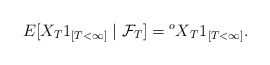
\begin{align*}E[X_T1_{[T<\infty]}\mid \mathcal{F}_T]={^oX}_T1_{[T<\infty]}.\end{align*}